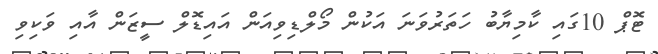
ޓޮޕް 10ގައި ކާމިޔާބު ހަތަރުވަނަ އަކުން މޯލްޑިވިއަން އައިޑޮލް ސީޒަން އާއި ވަކިވި